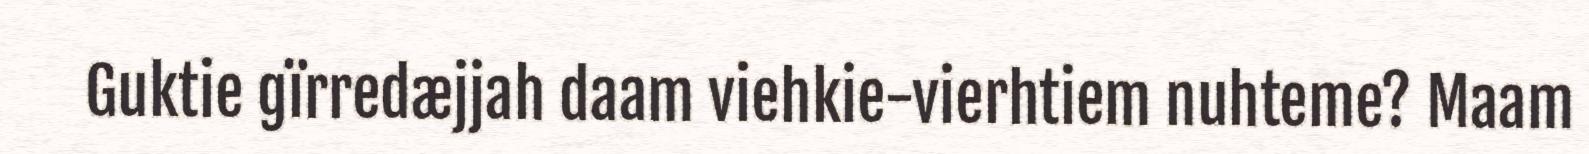
Guktie gïrredæjjah daam viehkie-vierhtiem nuhteme? Maam